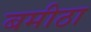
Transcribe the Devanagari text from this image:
बमीठा